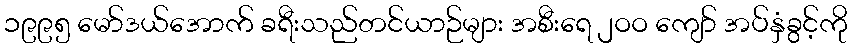
၁၉၉၅ မော်ဒယ်အောက် ခရီးသည်တင်ယာဉ်များ အစီးရေ ၂ဝဝ ကျော် အပ်နှံခွင့်ကို